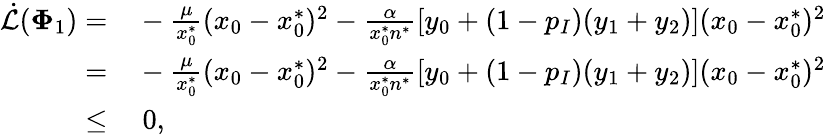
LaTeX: \begin{array}{rl}{\dot{\mathcal{L}}(\mathbf{\Phi}_{1})=}&{{}-\frac{\mu}{x_{0}^{*}}(x_{0}-x_{0}^{*})^{2}-\frac{\alpha}{x_{0}^{*}n^{*}}[y_{0}+(1-p_{I})(y_{1}+y_{2})](x_{0}-x_{0}^{*})^{2}}\\ {=}&{{}-\frac{\mu}{x_{0}^{*}}(x_{0}-x_{0}^{*})^{2}-\frac{\alpha}{x_{0}^{*}n^{*}}[y_{0}+(1-p_{I})(y_{1}+y_{2})](x_{0}-x_{0}^{*})^{2}}\\ {\leq}&{{}~0,}\end{array}